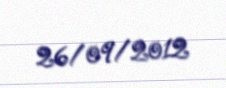
26/09/2012